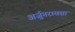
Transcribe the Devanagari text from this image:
अर्जुनरायसा